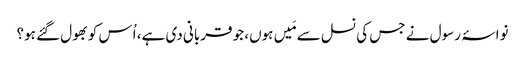
نواسۂ رسول نے جس کی نسل سے مَیں ہوں، جو قربانی دی ہے، اُس کو بھول گئے ہو؟